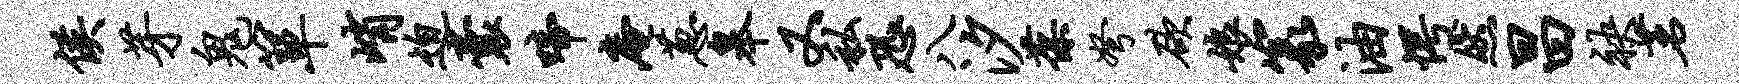
侯芽鬼箪峭迫囊啼庵葱皋又私恐八汐葆弩欲娘篆油愕然昌袂茗